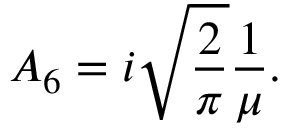
{ \cal A } _ { 6 } = i \sqrt { \frac { 2 } { \pi } } \frac { 1 } { \mu } .